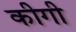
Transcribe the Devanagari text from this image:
कीगी